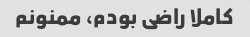
کاملا راضی بودم، ممنونم